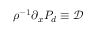
\rho ^ { - 1 } \partial _ { x } P _ { d } \equiv \mathcal { D }